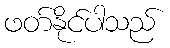
ဖတ်နိုင်ပါသည်